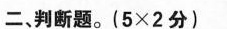
二、判断题。(5×2分)